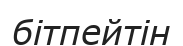
бітпейтін